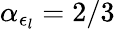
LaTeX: \alpha_{\epsilon_{l}}=2/3